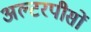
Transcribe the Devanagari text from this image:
अल्टरपीसों